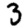
Digit: 3